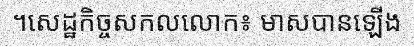
។សេដ្ឋកិច្ចសកលលោក៖ មាសបានឡើង